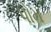
પોમ